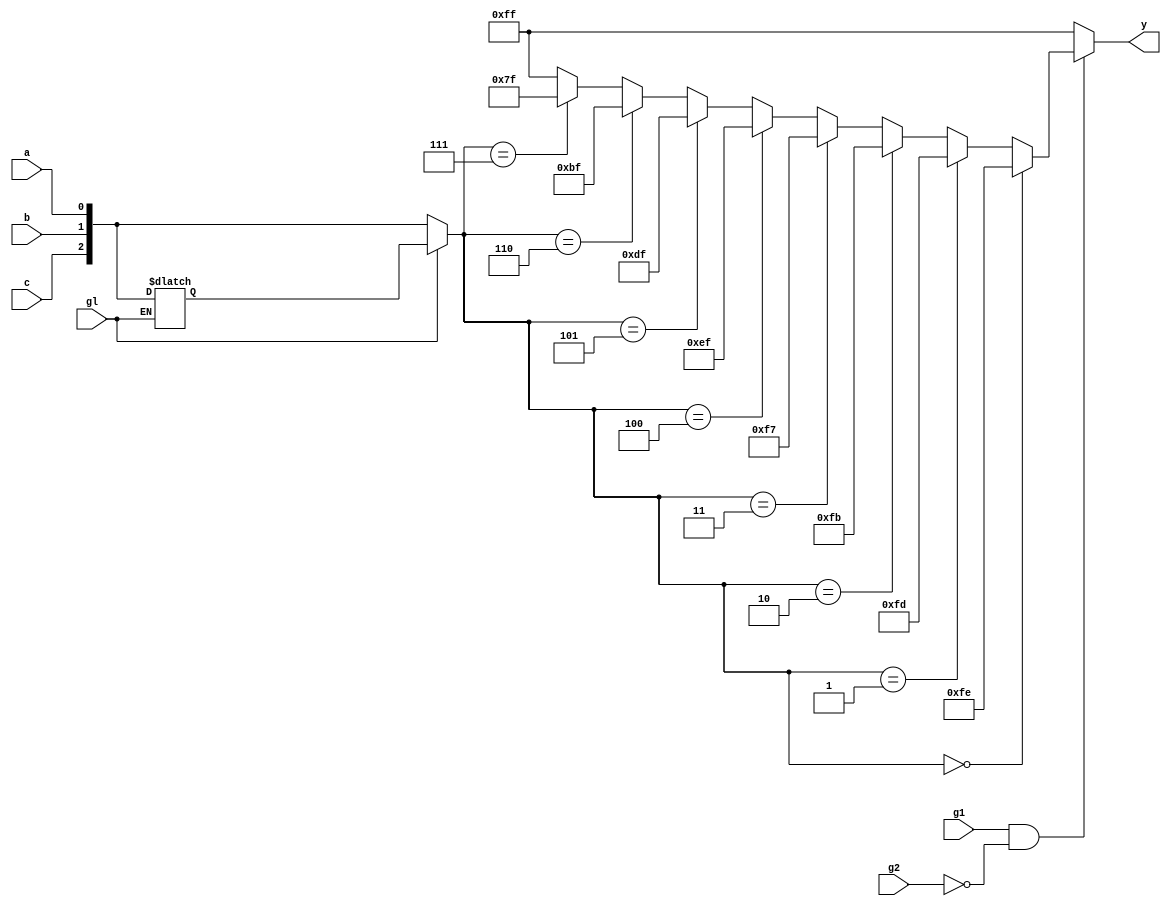
module sn74ls137(y, a, b, c, gl, g1, g2);
input a, b, c, gl, g1, g2;
output [7:0] y;
reg [2:0] latch;
wire [7:0] yint;
wire [2:0] cba;

parameter
	// TI TTL data book Vol 1, 1985
	tPLH_min=0, tPLH_typ=16, tPLH_max=24,	// worst case
	tPHL_min=0, tPHL_typ=25, tPHL_max=38;

always @(gl, a, b, c)
begin
	if (gl==0)
		latch <= { c, b, a };
end

assign cba = gl==1 ? latch : {c, b, a};

assign yint = (cba==3'b000 ? 8'b11111110 :
			   (cba==3'b001 ? 8'b11111101 :
                (cba==3'b010 ? 8'b11111011 :
                 (cba==3'b011 ? 8'b11110111 :
                  (cba==3'b100 ? 8'b11101111 :
                   (cba==3'b101 ? 8'b11011111 :
                    (cba==3'b110 ? 8'b10111111 :
                     (cba==3'b111 ? 8'b01111111 : 8'b11111111 ))))))));

assign #(tPLH_min:tPLH_typ:tPLH_max,
         tPHL_min:tPHL_typ:tPLH_max)
		y = (g1==1 && g2==0) ? yint : 8'b11111111;

endmodule